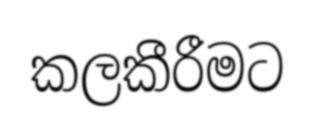
කලකීරීමට